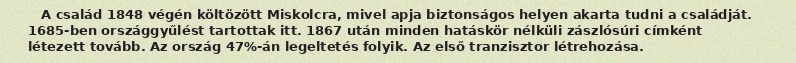
A család 1848 végén költözött Miskolcra, mivel apja biztonságos helyen akarta tudni a családját. 1685-ben országgyűlést tartottak itt. 1867 után minden hatáskör nélküli zászlósúri címként létezett tovább. Az ország 47%-án legeltetés folyik. Az első tranzisztor létrehozása.